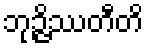
ဘုဉ္ဇိဿတီတိ